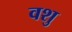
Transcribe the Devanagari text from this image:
वशु